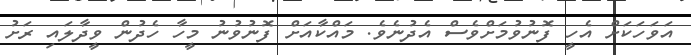
އަވަހަކަށް އެހީ ފޮނުވުމަށްވެސް އެދުނެވެ. މައްކާއަށް ފޮނުވުނު މީހާ ހެދުން ވީދާލައި ރަށު